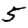
Digit: 5